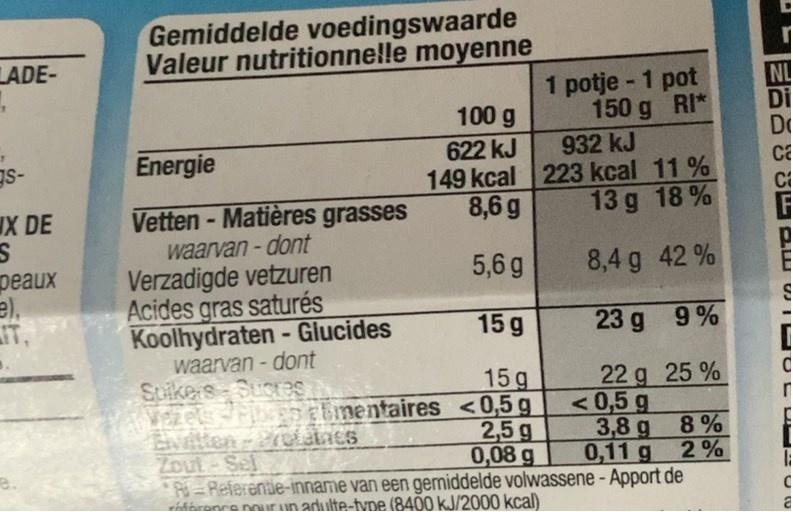
Gemiddelde voedingswaarde Valeur nutritionne!le moyenne
LADE-
1 potje - 1 pot 150 g RI*
NL Di Do
100 g
932 kJ
622 kJ 149 kcal 223 kcal 11 % 8,6 g
gs-
Energie
13 g 18 %
Vetten - Matières grasses waarvan-dont Verzadigde vetzuren Acides gras saturés Koolhydraten - Giucides waarvan - dont Suikers SuoeS Vezelsribses
IX DE
peaux
5,6g
8,4 g 42 %
IT,
15 g
23 g 9%
15 g cbmentaires <0,5g 2,5 g 0,08 g
22 g 25 % <0,5 g 3,8 g 8%
Zout-Sel
0,11 g
2%
*P =Referentie-inname van een germiddelde volwassene- Apport de
rákéronce pouur un adulte-tvne (8400 kJ/2000 kcal)